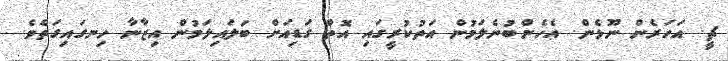
ޗީ. އަހަރެން ނޫޅެން. އެހެންބުނެލަމުން އަތުކުރީގައި އޮތް ގަޑިއަށް ބަލައިލަމުން އިޒާނާ ހިނގައިގަތެވެ.